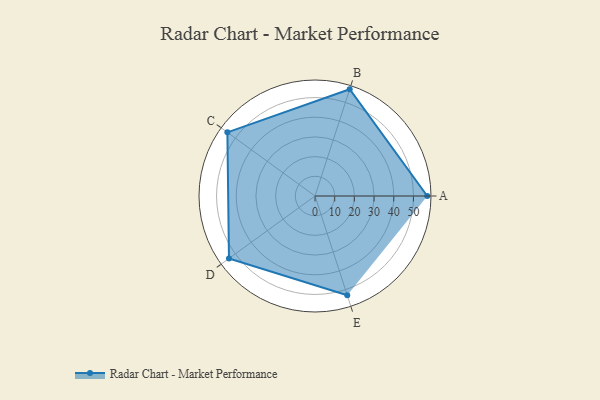
{"axis": {"x": "Skill", "y": "Score"}, "legend": ["Profile"], "data": [{"x": "A", "y": 57.0, "type": "Profile"}, {"x": "B", "y": 57.0, "type": "Profile"}, {"x": "C", "y": 55.0, "type": "Profile"}, {"x": "D", "y": 54.0, "type": "Profile"}, {"x": "E", "y": 53.0, "type": "Profile"}]}